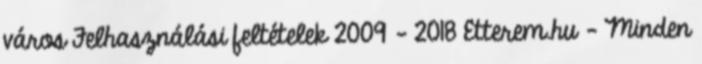
város Felhasználási feltételek 2009 - 2018 Etterem.hu - Minden